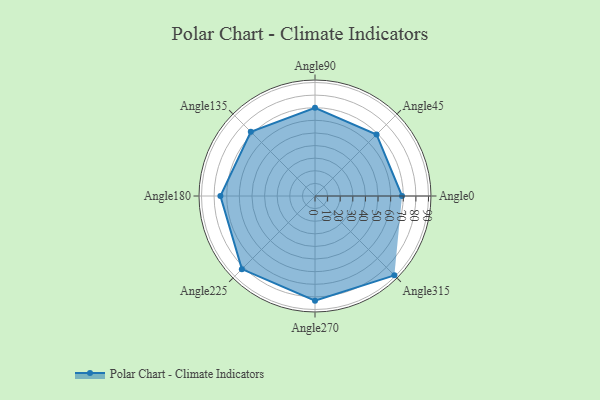
{"axis": {"x": "Angle", "y": "Radius"}, "legend": [""], "data": [{"x": "Angle0", "y": 69.0, "type": ""}, {"x": "Angle45", "y": 69.0, "type": ""}, {"x": "Angle90", "y": 70.0, "type": ""}, {"x": "Angle135", "y": 72.0, "type": ""}, {"x": "Angle180", "y": 75.0, "type": ""}, {"x": "Angle225", "y": 82.0, "type": ""}, {"x": "Angle270", "y": 83.0, "type": ""}, {"x": "Angle315", "y": 89.0, "type": ""}]}